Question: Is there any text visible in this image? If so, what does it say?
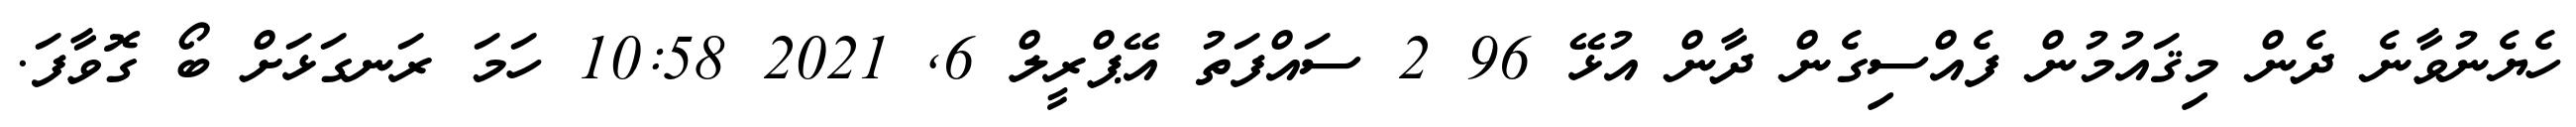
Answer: ހެޔެނުވާނެ ދެން މިޤައުމުން ފެއްސިގެން ދާން އުޅޭ 96 2 ސައްފަތު އޭޕްރީލް 6, 2021 10:58 ހަމަ ރަނގަޅަށް ބޯ ގޮވާފަ.